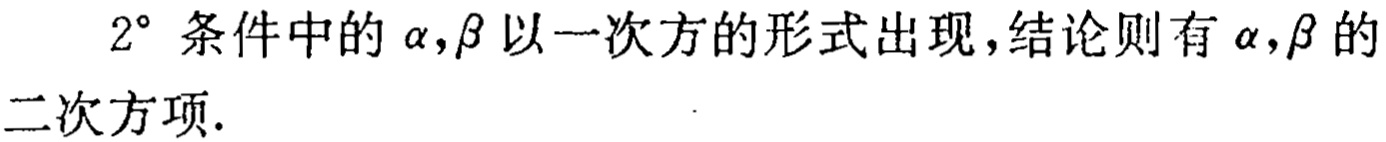
$2^{\circ}$ 条件中的 $\alpha,\beta$ 以一次方的形式出现，结论则有 $\alpha,\beta$ 的二次方项.